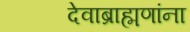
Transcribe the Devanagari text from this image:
देवाब्राह्मणांना